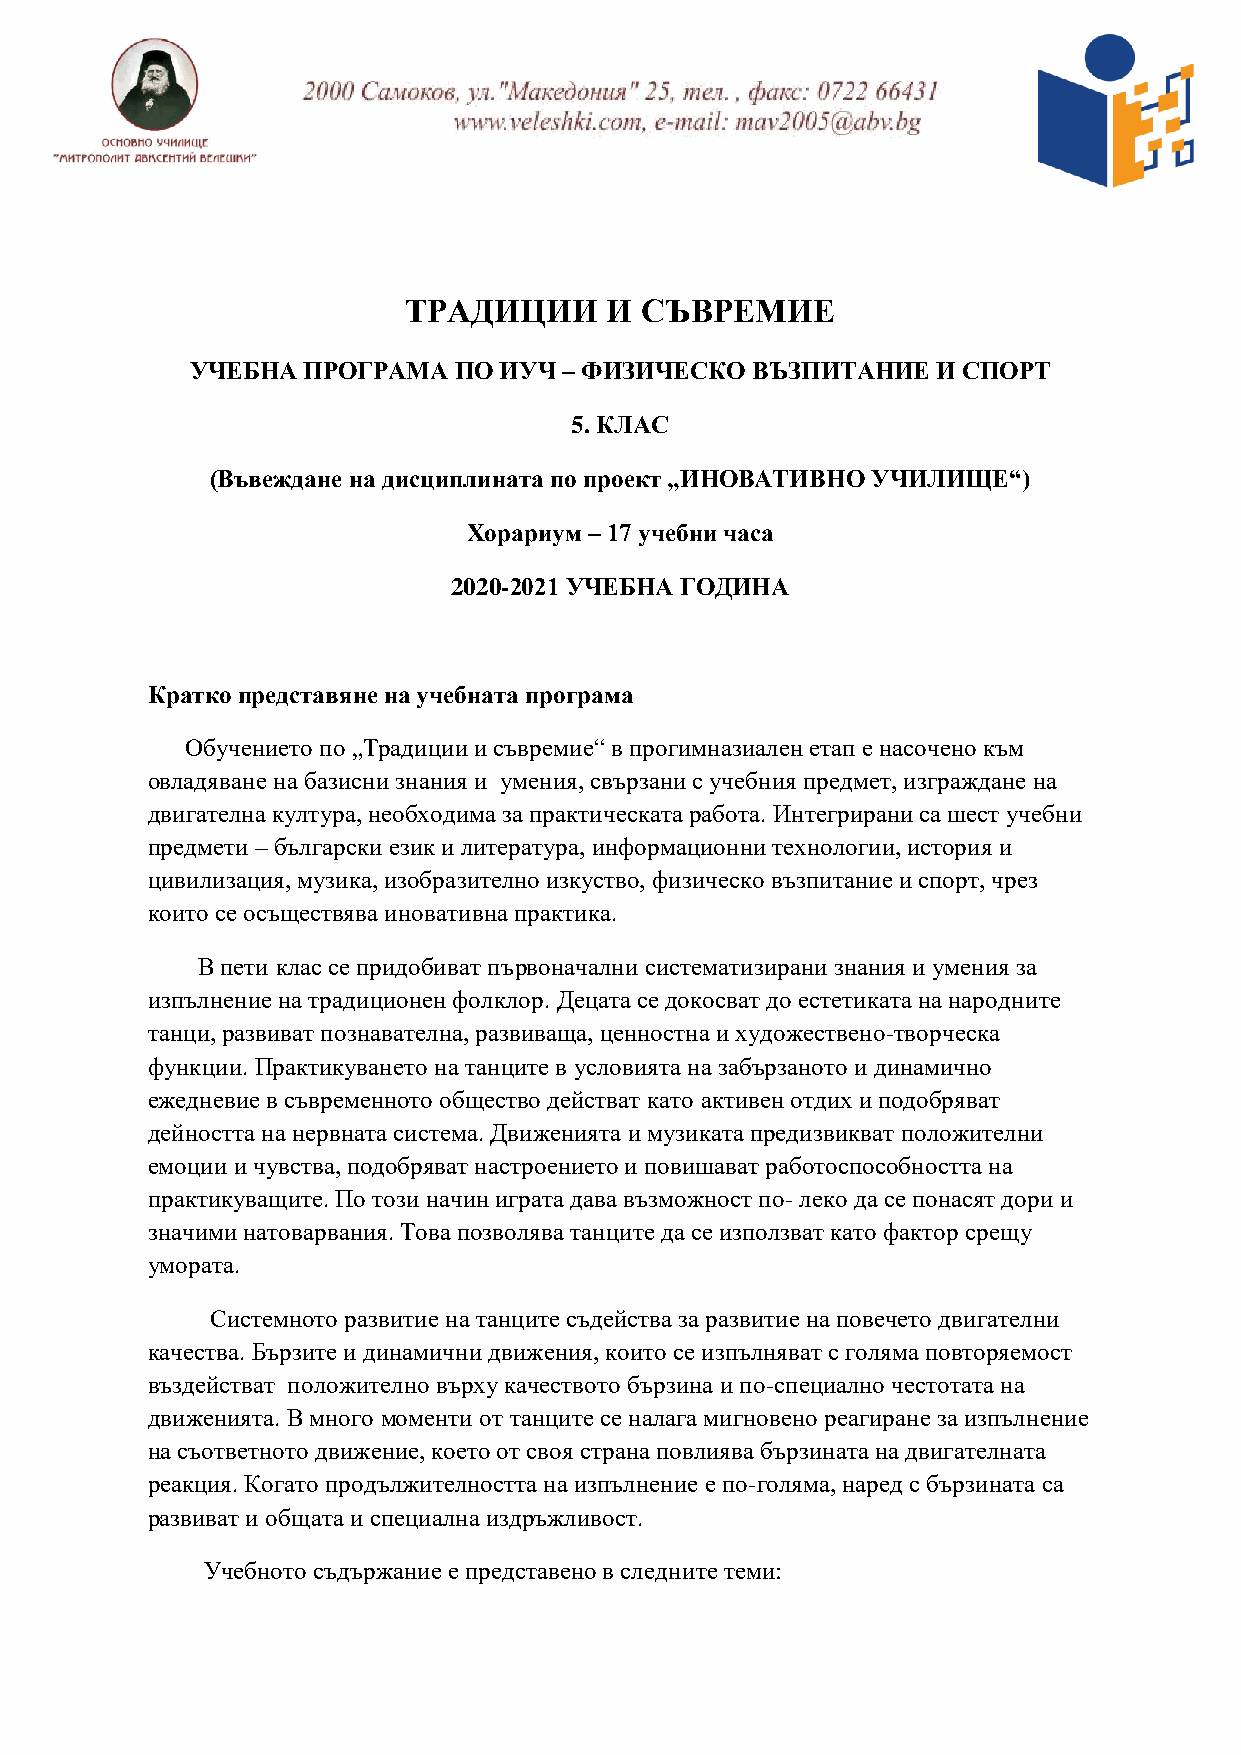
ТРАДИЦИИ     И СЪВРЕМИЕ
 УЧЕБНА ПРОГРАМА  ПО ИУЧ – ФИЗИЧЕСКО  ВЪЗПИТАНИЕ  И СПОРТ
 5. КЛАС
 (Въвеждане на дисциплината по проект „ИНОВАТИВНО УЧИЛИЩЕ“)
 Хорариум – 17 учебни часа
 2020-2021 УЧЕБНА ГОДИНА
 Кратко представяне на учебната програма
 Обучението по „Традиции и съвремие“ в прогимназиален етап е насочено към
 овладяване на базисни знания и умения, свързани с учебния предмет, изграждане на
 двигателна култура, необходима за практическата работа. Интегрирани са шест учебни
 предмети – български език и литература, информационни технологии, история и
 цивилизация, музика, изобразително изкуство, физическо възпитание и спорт, чрез
 които се осъществява иновативна практика.
 В пети клас се придобиват първоначални систематизирани знания и умения за
 изпълнение на традиционен фолклор. Децата се докосват до естетиката на народните
 танци, развиват познавателна, развиваща, ценностна и художествено-творческа
 функции. Практикуването на танците в условията на забързаното и динамично
 ежедневие в съвременното общество действат като активен отдих и подобряват
 дейността на нервната система. Движенията и музиката предизвикват положителни
 емоции и чувства, подобряват настроението и повишават работоспособността на
 практикуващите. По този начин играта дава възможност по- леко да се понасят дори и
 значими натоварвания. Това позволява танците да се използват като фактор срещу
 умората.
 Системното развитие на танците съдейства за развитие на повечето двигателни
 качества. Бързите и динамични движения, които се изпълняват с голяма повторяемост
 въздействат положително върху качеството бързина и по-специално честотата на
 движенията. В много моменти от танците се налага мигновено реагиране за изпълнение
 на съответното движение, което от своя страна повлиява бързината на двигателната
 реакция. Когато продължителността на изпълнение е по-голяма, наред с бързината са
 развиват и общата и специална издръжливост.
 Учебното съдържание е представено в следните теми: